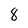
Character: 8